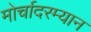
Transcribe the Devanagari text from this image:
मोर्चादरम्यान